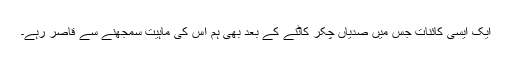
ایک ایسی کائنات جس میں صدیاں چکر کاٹنے کے بعد بھی ہم اس کی ماہیت سمجھنے سے قاصر رہے۔